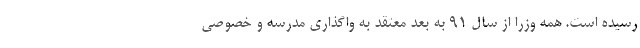
رسیده است. همه وزرا از سال 91 به بعد معتقد به واگذاری مدرسه و خصوصی